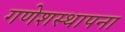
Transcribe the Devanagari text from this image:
गणेशस्थापना